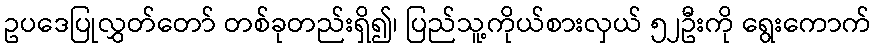
ဥပဒေပြုလွှတ်တော် တစ်ခုတည်းရှိ၍၊ ပြည်သူ့ကိုယ်စားလှယ် ၅၂ဦးကို ရွေးကောက်